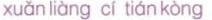
xuǎn liàng cí tián kòng